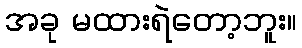
အခု မထားရဲတော့ဘူး။